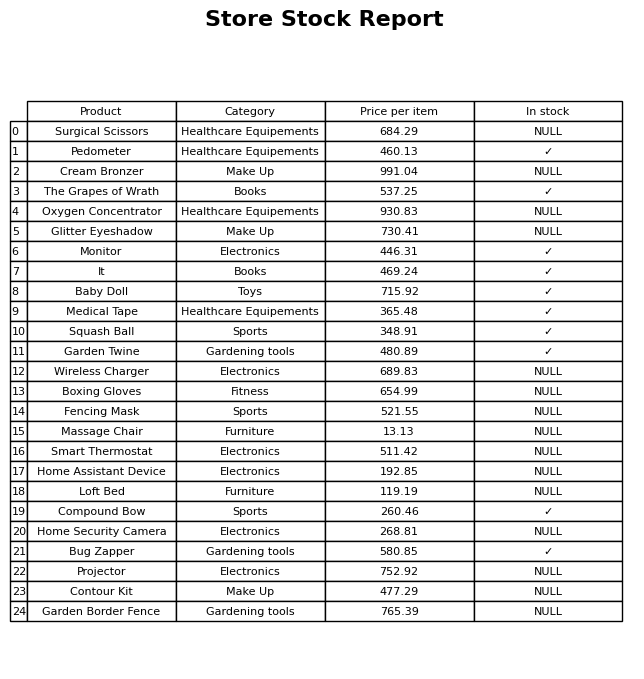
question: Which products are currently out of stock?
answer: Surgical Scissors, Cream Bronzer, Oxygen Concentrator, Glitter Eyeshadow, Wireless Charger, Boxing Gloves, Fencing Mask, Massage Chair, Smart Thermostat, Home Assistant Device, Loft Bed, Home Security Camera, Projector, Contour Kit, Garden Border Fence